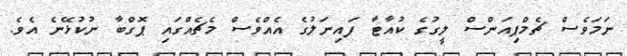
ނަމަވެސް ޗެމްޕިއަންސް ލީގުގެ ކުއާޓާ ފައިނަލުގެ އެއްވެސް މެޗެއްގައި ޕޮގްބާ ނުކުޅޭނެ އެވެ.